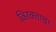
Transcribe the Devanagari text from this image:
विरक्ताचा